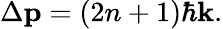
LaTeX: \Delta\mathbf{p}=\left(2n+1\right)\hbar\mathbf{k}.